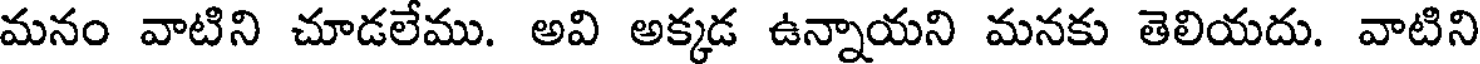
మనం వాటిని చూడలేము. అవి అక్కడ ఉన్నాయని మనకు తెలియదు. వాటిని